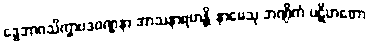
ဒွေဘာဂသိက္ခာပဒဝဏ္ဏနာ အာသနာရဟန္တိ နာမေသု ဘဏ္ဍိကံ ပဋိဟတော